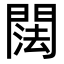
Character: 䦢